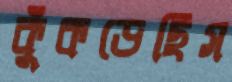
কুঁকড়েছিস